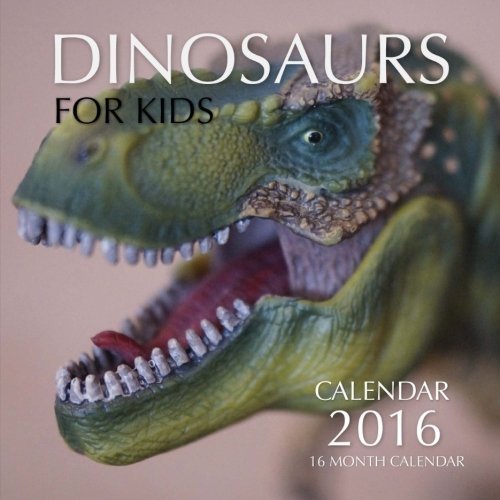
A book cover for Dinosaurs for Kids Calendar 2016: 16 Month Calendar; Jack Smith; Calendars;